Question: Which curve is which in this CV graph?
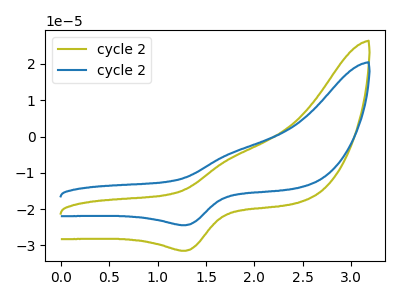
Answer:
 <answer>The olive curve is labeled "cycle 21". The blue curve is labeled "cycle 22".</answer>
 <eval></eval>